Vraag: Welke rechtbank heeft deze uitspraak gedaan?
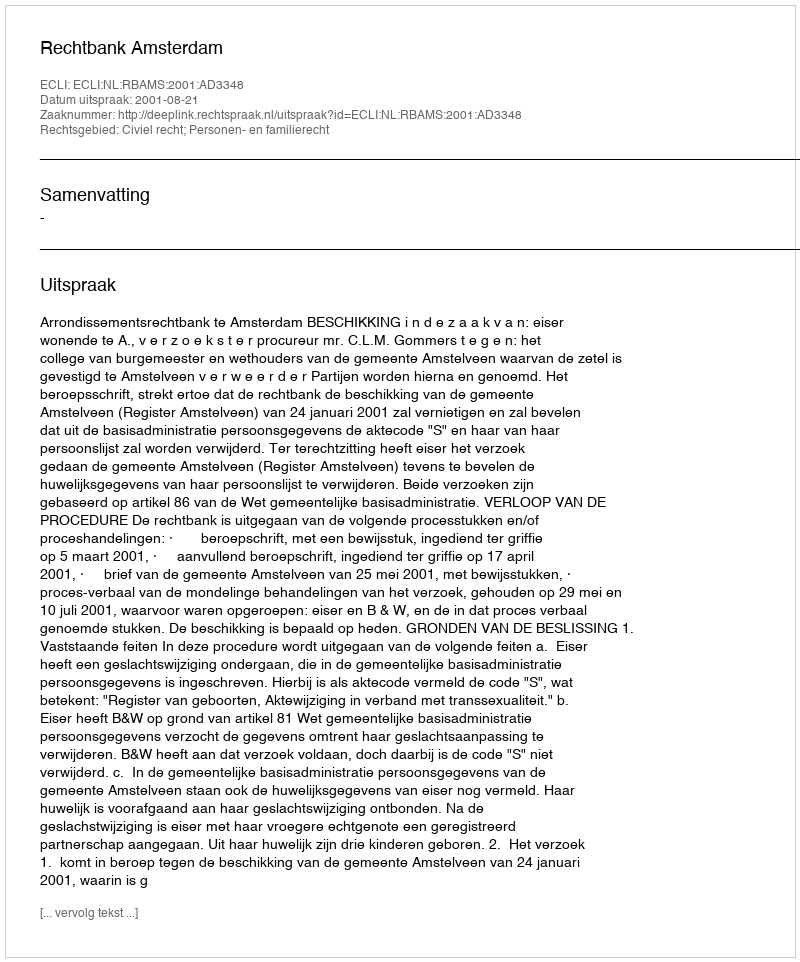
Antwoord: Rechtbank Amsterdam